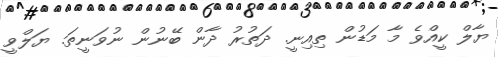
ޔާލް ކީއްވެ މާ މަޑުން ތިއިނީ. ދަތުރު ދާން ބޭނުން ނުވަނީތަ. ޔަލްވީ